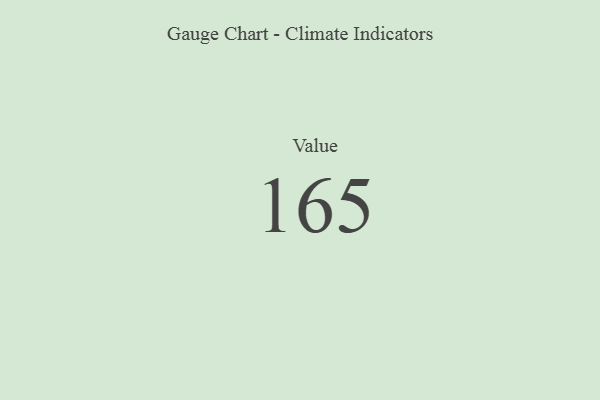
{"axis": {"x": "Metric", "y": "Value"}, "legend": [""], "data": [{"x": "Value", "y": 165, "type": ""}]}